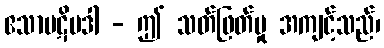
ဧသာပဋိပဒါ - ဤ သတ်ဖြတ်မှု အကျင့်သည်၊